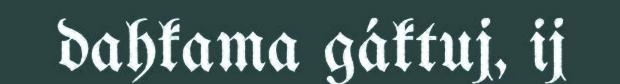
dahkama gáktuj, ij